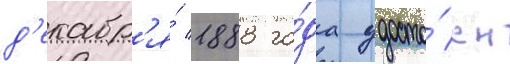
д'екабр'я́ 1888 го́да удосто́ен